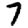
Digit: 7